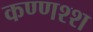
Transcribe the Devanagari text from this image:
कण्णश्श